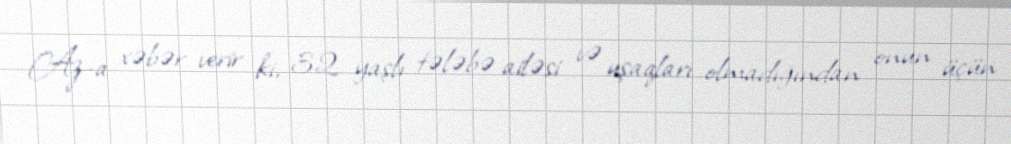
Az-a xəbər verir ki, 32 yaşlı tələbə ailəsi və uşaqları olmadığından onun üçün